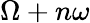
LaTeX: \Omega+n\omega